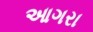
આગરા